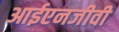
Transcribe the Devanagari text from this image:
आईएनजीवी